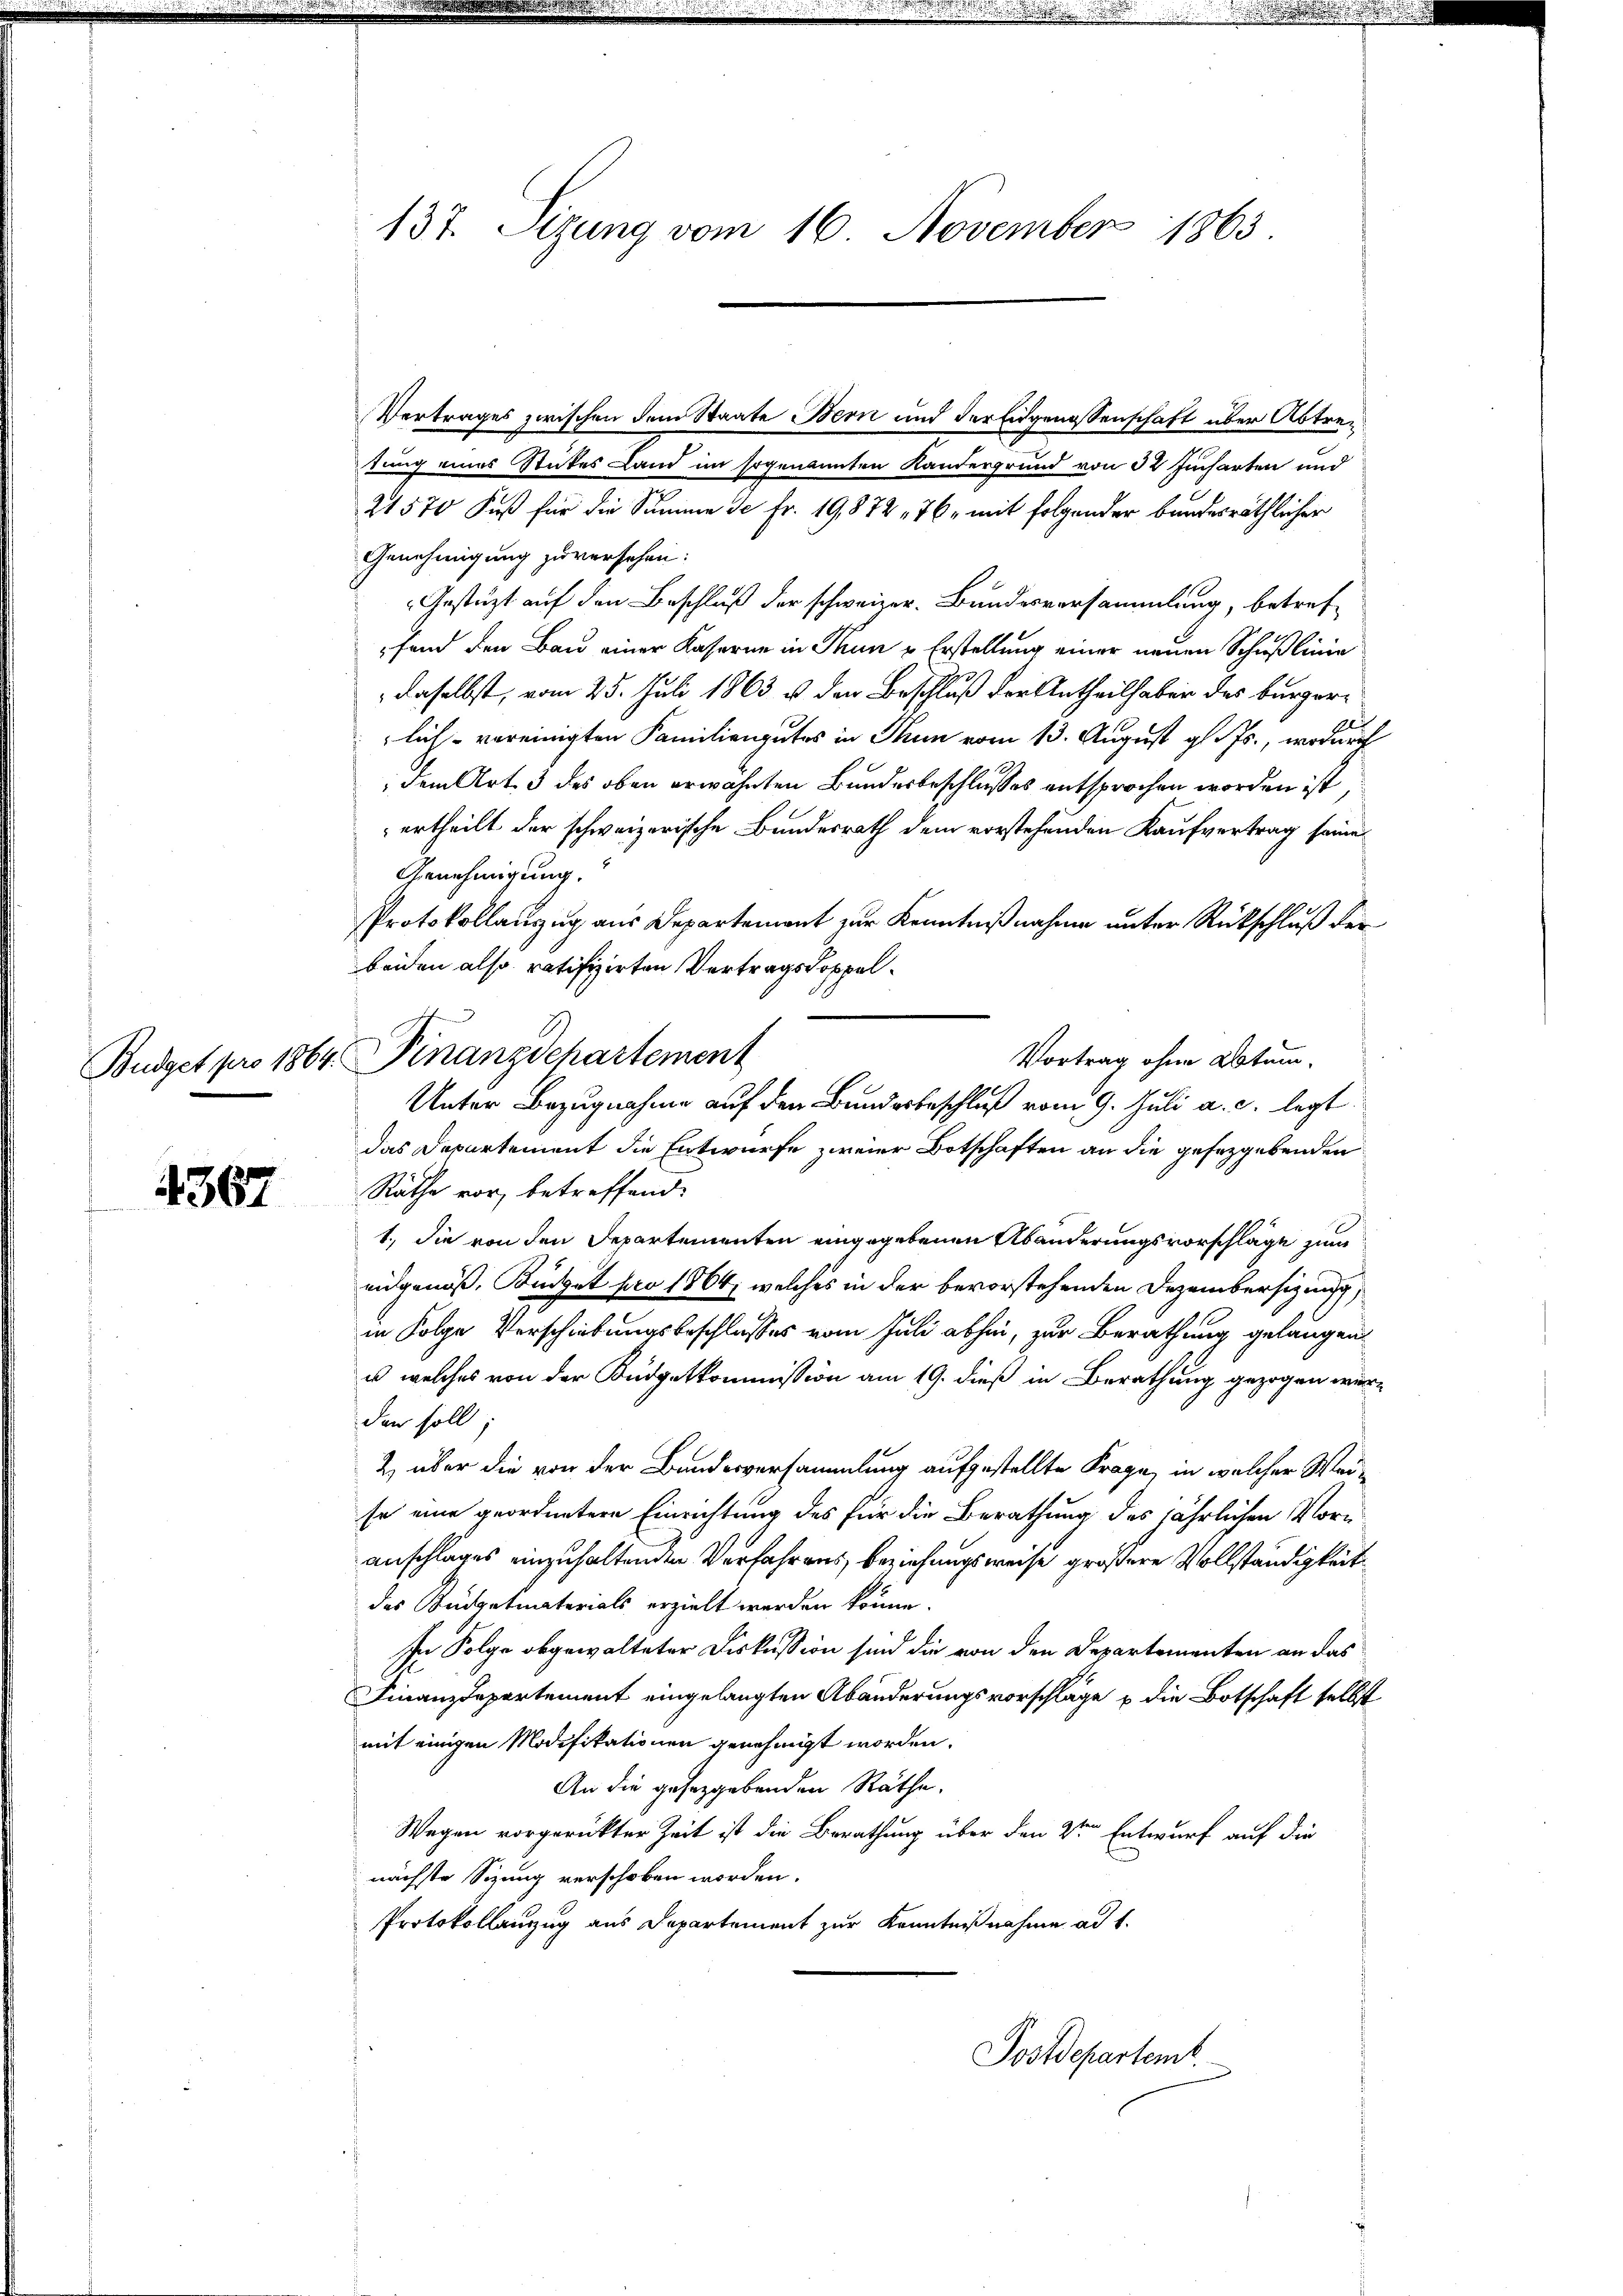
4367

Vertrages zwischen dem Staate Bern und der Eidgenossenschaft über Abtretung eines Stickes Land im sogenannten Kandergrund von 32 Jucharten und
21570 Fuß für die Summe de Fr. 19,872, 76, mit folgender bundesräthlicher
Genehmigung zu versehen:
Gestüzt auf den Beschluß der schweizer. Bundesversammlung, betreffand den Bau einer Kaserne in Thun u Erstellung einer neuen Schußlinie
daselbst, vom 25. Juli 1863 u. den Beschluß der Antheilhaben des bürger¬
1
lich vereinigten Familiengutes in Thun vom 13. August gl. Js., wodurch
dem Art. 3 des oben erwähnten Bundesbeschlusses entsprochen worden ist,
ertheilt der schweizerische Bundesrath dem vorstehenden Kaufvertrag seine
Genehmigung.
Protokollanzug aus Departement zur Kenntnißnahme unter Rückschluß der
beiden also ratifizirten Vertragsdoppel¬
Vortrag ohne Datum.
Unter Bezugnahme auf den Bundesbeschluß vom 9. Juli a. c. legt
das Departement die Entwurfe zweier Botschaften an die gesetzgebenden
Räthe vor, betreffend:
1., die von den Departementen eingegebenen Abänderungsvorschläge zum
eidgenoß, Büdget pro 1864, welches in der bevorstehenden Dezembersitzung
in Folge Verschiebungsbeschlusses vom Juli abhin, zur Berathung gelangen
u welches von der Budgetkommission am 19. dieß in Berathung gezogen würden soll
2) über die von der Bundesversammlung aufgestellte Frage, in welcher Weise eine geordnetere Einrichtung des für die Berathung des jährlichen Voranschlages einzuhaltenden Verfahrens, beziehungsweise größere Vollständigkeit
des Budgetmaterials erzielt werden könne
In Folge abgewalteter Diskussion sind die von den Departementen an das
Finanzdepartement eingelangten Abänderungsvorschlage u die Botschaft selbst
mit einigen Modifikationen genehmigt worden.
An die gesetzgebenden Räthe.
Wegen vorgerückter Zeit ist die Berathung über den 2ten Entwurf auf die
nächste Sizung verschoben worden.
Protokollanzug aus Departement zur Kenntnißnahme ad 1.
Postdepartemb.

137. Sizung vom 16. November 1863

Budget pro 1864. Finanzdepartement

.